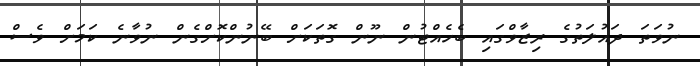
ނުވަތަ ދައުލަތުގެ ރިޒާވްގައި ބެހެއްޓުން ނޫން ގޮތަކަށް ބޭނުންކޮށްގެން ނުވާނެ ކަމަށް ވެސް